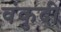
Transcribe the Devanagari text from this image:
वंकुदी